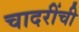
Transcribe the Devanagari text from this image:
चादरींची